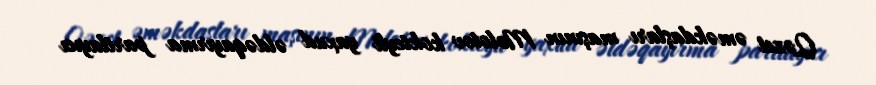
Qəzet əməkdaşları maşının Molotov kokteyli yaxud əldəqayırma partlayıcı